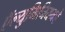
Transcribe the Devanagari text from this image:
ऍल्युमिनियमचे